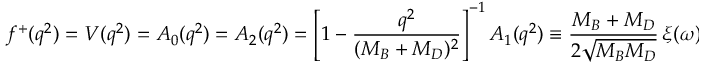
f ^ { + } ( q ^ { 2 } ) = V ( q ^ { 2 } ) = A _ { 0 } ( q ^ { 2 } ) = A _ { 2 } ( q ^ { 2 } ) = \left[ 1 - \frac { q ^ { 2 } } { ( M _ { B } + M _ { D } ) ^ { 2 } } \right] ^ { - 1 } A _ { 1 } ( q ^ { 2 } ) \equiv \frac { M _ { B } + M _ { D } } { 2 \sqrt { M _ { B } M _ { D } } } \, \xi ( \omega ) \ ,